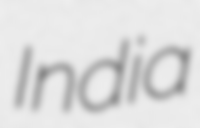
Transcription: India